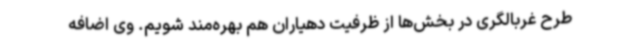
طرح غربالگری در بخش‌ها از ظرفیت دهیاران هم بهره‌مند شویم. وی اضافه